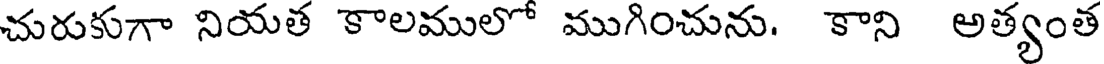
చురుకుగా నియత కాలములో ముగించును. కాని అత్యంత